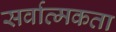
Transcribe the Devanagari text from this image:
सर्वात्मकता